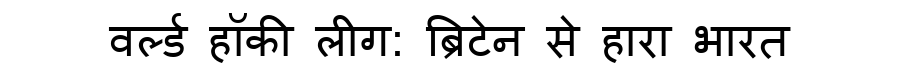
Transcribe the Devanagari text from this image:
वर्ल्ड हॉकी लीग: ब्रिटेन से हारा भारत